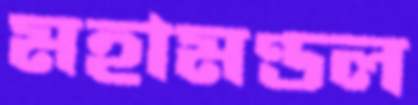
মহামণ্ডল